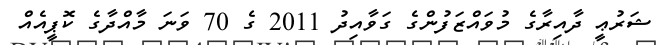
ޝަރުޢީ ދާއިރާގެ މުވައްޒަފުންގެ ގަވާއިދު 2011 ގެ 70 ވަނަ މާއްދާގެ ކޮޕީއެއް